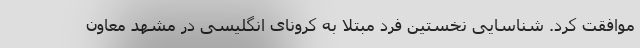
موافقت کرد. شناسایی نخستین فرد مبتلا به کرونای انگلیسی در مشهد معاون